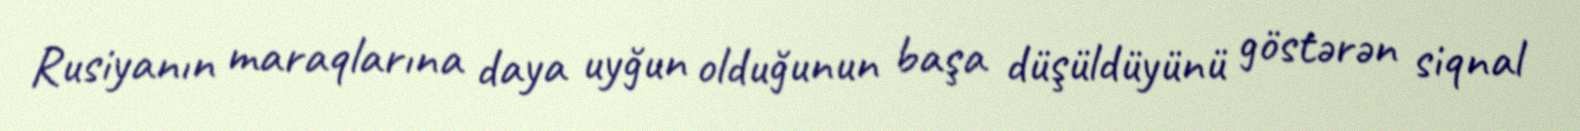
Rusiyanın maraqlarına daya uyğun olduğunun başa düşüldüyünü göstərən siqnal